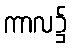
ကာလ၌